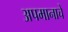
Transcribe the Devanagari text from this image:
अपमानाचें